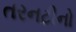
તરનટીનો